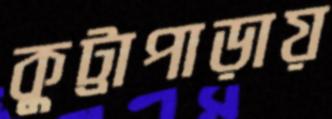
কুট্টাপাড়ায়